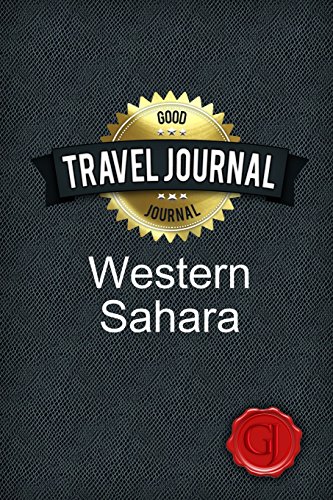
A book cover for Travel Journal Western Sahara; Good Journal; Travel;